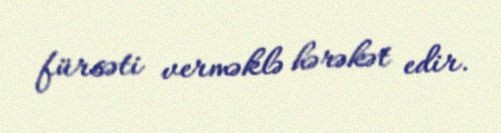
fürsəti verməklə hərəkət edir.